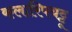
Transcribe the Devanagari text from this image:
कलारिपयट्टू